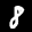
Label: 8